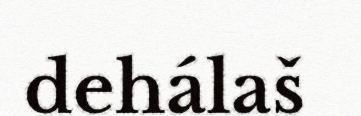
dehálaš